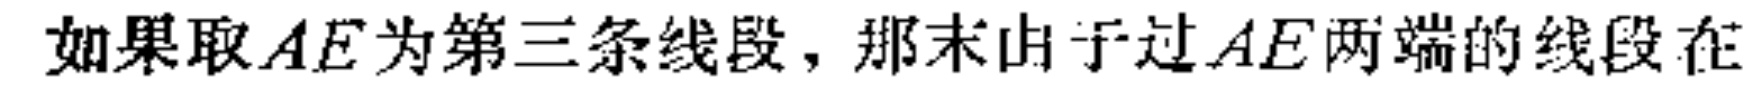
如果取\(AE\)为第三条线段，那末由于过\(AE\)两端的线段在